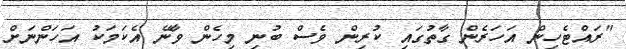
"ރައްޓެހިން އަހަރެން ގާތުގައި ކުރިން ވެސް ބުނި މިހެން ވާނޭ އެކަމަކު އަހަންނަށް